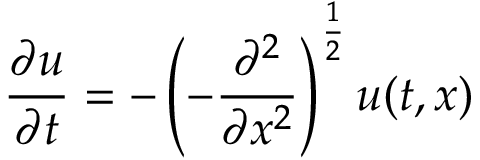
{ \frac { \partial u } { \partial t } } = - \left( - { \frac { \partial ^ { 2 } } { \partial x ^ { 2 } } } \right) ^ { \frac { 1 } { 2 } } u ( t , x )